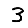
Digit: 3